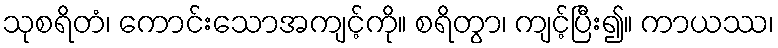
သုစရိတံ၊ ကောင်းသောအကျင့်ကို။ စရိတွာ၊ ကျင့်ပြီး၍။ ကာယဿ၊